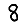
Digit: 8